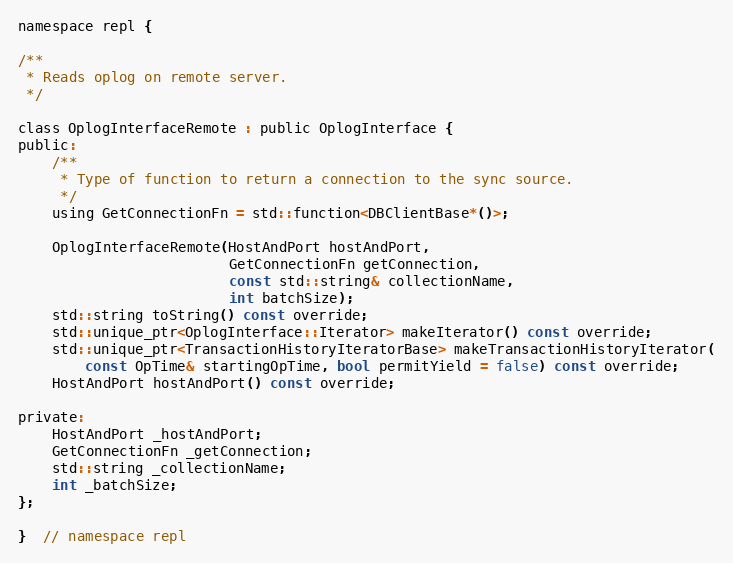
Language: C
namespace repl {

/**
 * Reads oplog on remote server.
 */

class OplogInterfaceRemote : public OplogInterface {
public:
    /**
     * Type of function to return a connection to the sync source.
     */
    using GetConnectionFn = std::function<DBClientBase*()>;

    OplogInterfaceRemote(HostAndPort hostAndPort,
                         GetConnectionFn getConnection,
                         const std::string& collectionName,
                         int batchSize);
    std::string toString() const override;
    std::unique_ptr<OplogInterface::Iterator> makeIterator() const override;
    std::unique_ptr<TransactionHistoryIteratorBase> makeTransactionHistoryIterator(
        const OpTime& startingOpTime, bool permitYield = false) const override;
    HostAndPort hostAndPort() const override;

private:
    HostAndPort _hostAndPort;
    GetConnectionFn _getConnection;
    std::string _collectionName;
    int _batchSize;
};

}  // namespace repl